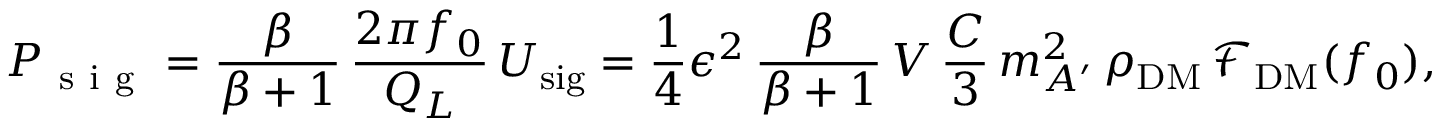
P _ { \mathrm { ~ s ~ i ~ g ~ } } = \frac { \beta } { \beta + 1 } \, \frac { 2 \pi f _ { 0 } } { Q _ { L } } \, U _ { \mathrm { s i g } } = \frac { 1 } { 4 } \epsilon ^ { 2 } \, \frac { \beta } { \beta + 1 } \, V \, \frac { C } { 3 } \, m _ { A ^ { \prime } } ^ { 2 } \, \rho _ { \mathrm { D M } } \, \mathcal { F } _ { \mathrm { D M } } ( f _ { 0 } ) ,